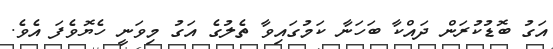
އަގު ބޮޑުކުރަން ދައްކާ ބަހަނާ ކަމުގައިވާ ތެލުގެ އަގު މިވަނީ ހެޔޮވެފަ އެވެ.